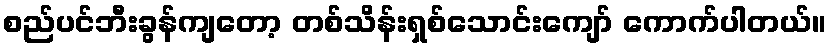
စည်ပင်ဘီးခွန်ကျတော့ တစ်သိန်းရှစ်သောင်းကျော် ကောက်ပါတယ်။